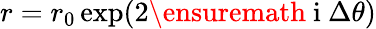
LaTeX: r=r_{0}\exp(2\ensuremath{\mathrm{~i~}}\Delta\theta)